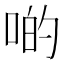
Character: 啲